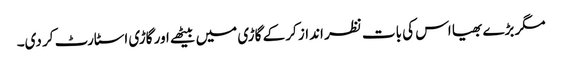
مگر بڑے بھیا اس کی بات نظر انداز کر کے گاڑی میں بیٹھے اور گاڑی اسٹارٹ کر دی۔